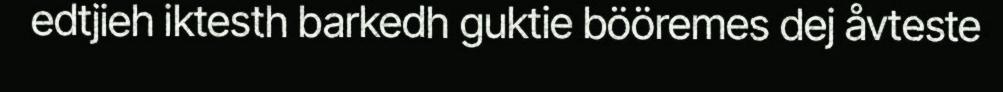
edtjieh iktesth barkedh guktie bööremes dej åvteste